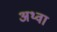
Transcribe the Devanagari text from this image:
अथ्‍वा